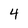
Character: 4